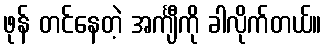
ဖုန် တင်နေတဲ့ အင်္ကျီကို ခါလိုက်တယ်။